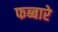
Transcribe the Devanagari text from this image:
फब्बारे